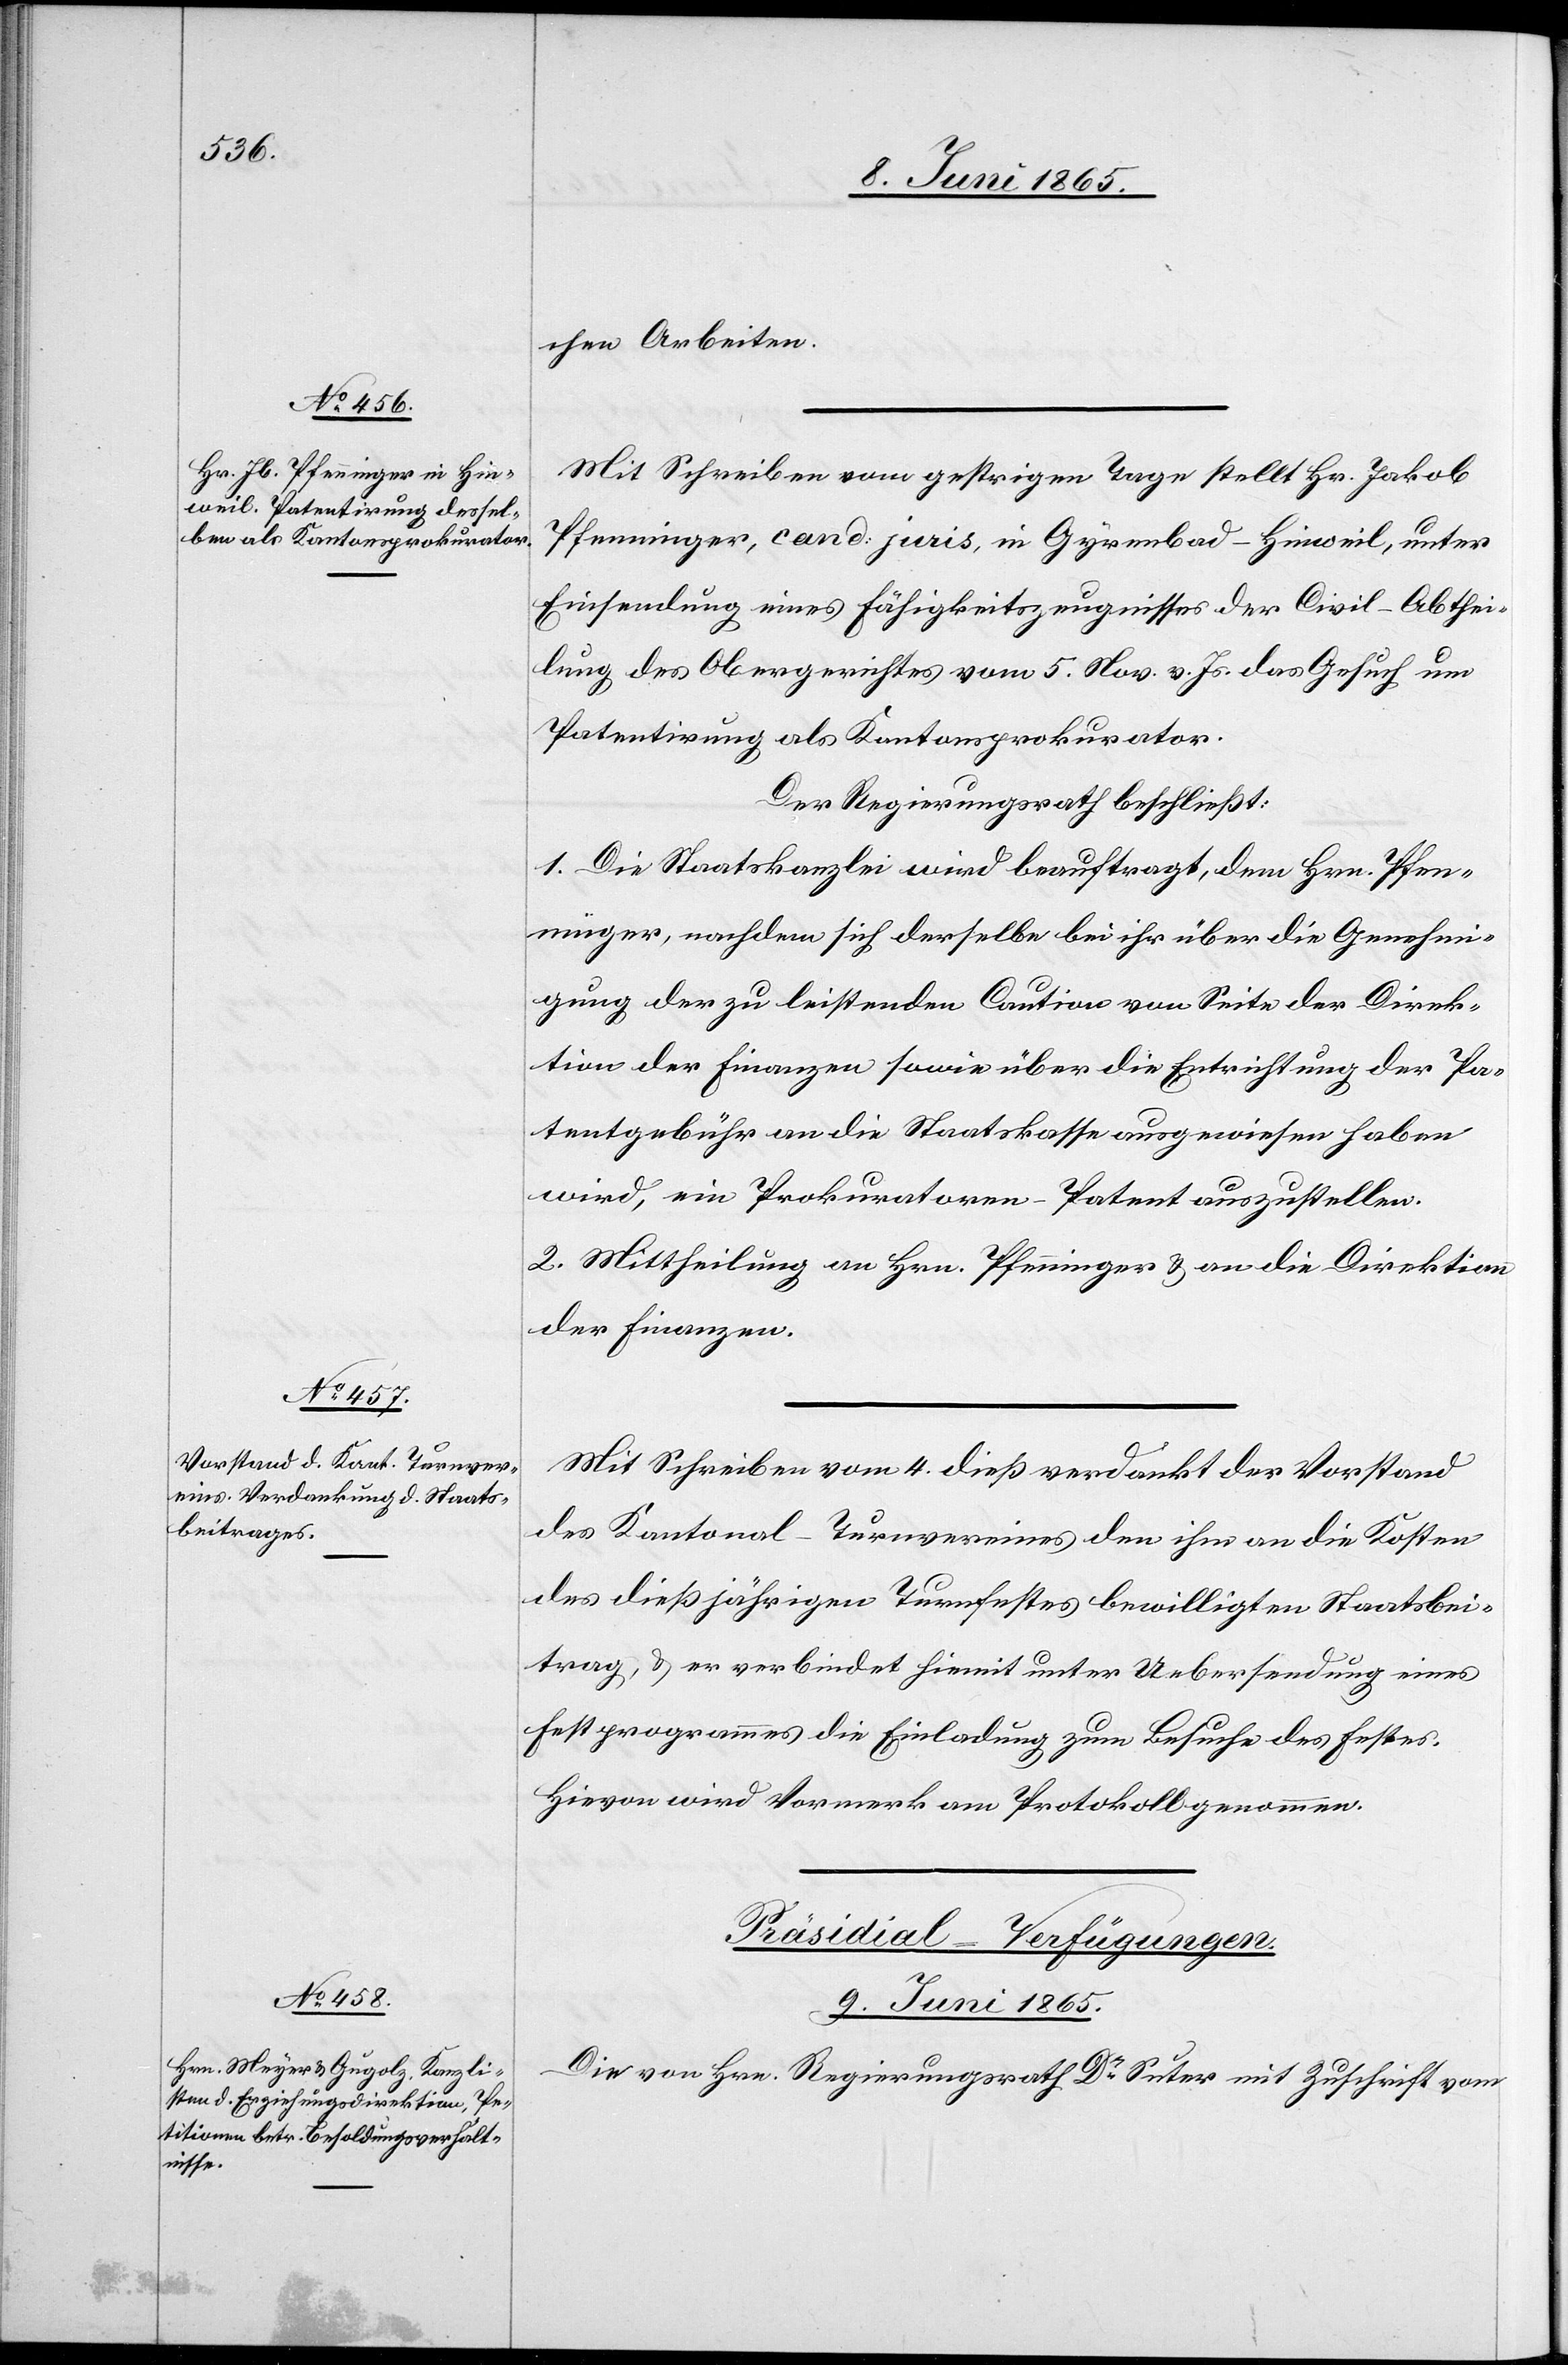
chen Arbeiten.
Mit Schreiben vom gestrigen Tage stellt Hr. Jakob
Pfenninger, cand: juris, in Gyrenbad-Hinweil, unter
Einsendung eines Fähigkeitszeugnisses der Civil-Abthei¬
lung des Obergerichtes vom 5. Nov. v. Js. das Gesuch um
Patentirung als Kantonsprokurator.
Der Regierungsrath beschließt:
1. Die Staatskanzlei wird beauftragt, dem Hrn. Pfen¬
ninger, nachdem sich derselbe bei ihr über die Genehmi¬
gung der zu leistenden Caution von Seite der Direk¬
tion der Finanzen sowie über die Entrichtung der Pa¬
tentgebühr an die Staatskasse ausgewiesen haben
wird, ein Prokuratoren-Patent auszustellen.
2. Mittheilung an Hrn. Pfenninger & an die Direktion
der Finanzen.
Mit Schreiben vom 4. dieß verdankt der Vorstand
des Kantonal-Turnvereines den ihm an die Kosten
des dießjährigen Turnfestes bewilligten Staatsbei¬
trag, & er verbindet hiemit unter Uebersendung eines
Festprogrammes die Einladung zum Besuche des Festes.
Hievon wird Vormerk am Protokoll genommen.
Präsidial-Verfügungen.
9. Juni 1865.
Die von Hrn. Regierungsrath Dr Suter mit Zuschrift vom